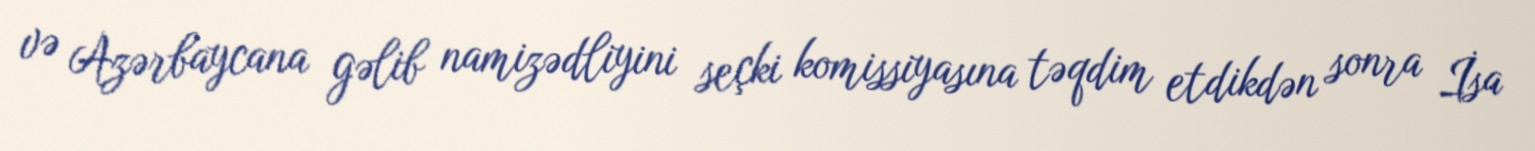
və Azərbaycana gəlib namizədliyini seçki komissiyasına təqdim etdikdən sonra İsa